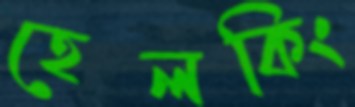
হেলকিং